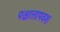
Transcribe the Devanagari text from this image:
पश्चात्तापवश